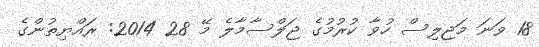
18 ވަނަ މަޖިލިސް ހުވާ ކުރުމުގެ ޖަލްސާމާލެ މޭ 28 2014: ރައްޔިތުންގެ